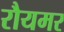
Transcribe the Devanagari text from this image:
रौयमर